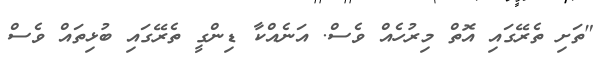
"ތަށި ތެރޭގައި އޮތް މިރުހެއް ވެސް. އަނެއްކާ ޑިންގީ ތެރޭގައި ބުޅިތައް ވެސް